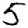
Digit: 5